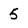
Character: 5